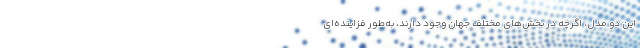
این دو مدل، اگرچه در بخش‌های مختلف جهان وجود دارند، به‌طور فزاینده‌ای